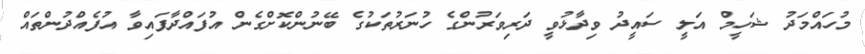
މުހައްމަދު ޝަހީމް އަލީ ސައީދު ވިދާޅުވީ ދަރިވަރުންގެ ހުނަރުތަކުގެ ބޭނުންކޮށްގެން އުފައްދާފައިވާ އުފެއްދުންތައް